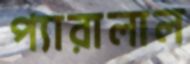
প্যারালাল